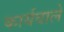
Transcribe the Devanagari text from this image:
कार्यवाले